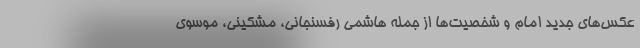
عکس‌های جدید امام و شخصیت‌ها از جمله هاشمی رفسنجانی، مشکینی، موسوی